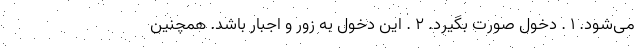
می‌شود. ۱ . دخول صورت بگیرد. ۲ . این دخول به زور و اجبار باشد. همچنین